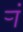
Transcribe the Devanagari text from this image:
र्‍ां